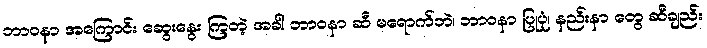
ဘာဝနာ အကြောင်း ဆွေးနွေး ကြတဲ့ အခါ ဘာဝနာ ဆီ မရောက်ဘဲ၊ ဘာဝနာ ပြုပုံ၊ နည်းနာ တွေ ဆီချည်း